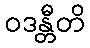
ဝဒန္တီတိ